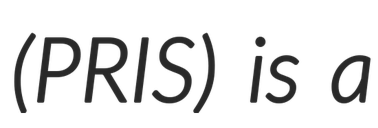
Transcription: (PRIS) is a